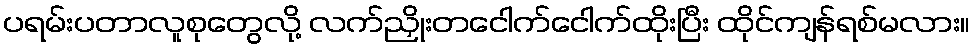
ပရမ်းပတာလူစုတွေလို့ လက်ညှိုးတငေါက်ငေါက်ထိုးပြီး ထိုင်ကျန်ရစ်မလား။